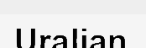
Uralian